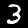
Label: 3